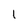
Character: 1